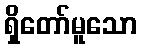
ရှိတော်မူသော